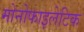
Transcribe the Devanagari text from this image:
मोनोफाइलेटिक